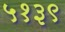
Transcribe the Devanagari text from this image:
५१३९